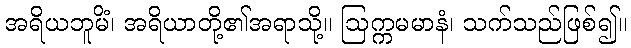
အရိယဘူမိံ၊ အရိယာတို့၏အရာသို့။ ဩက္ကမမာနံ၊ သက်သည်ဖြစ်၍။